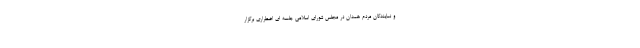
و نمایندگان مردم همدان در مجلس شورای اسلامی جلسه ای اضطراری برگزار